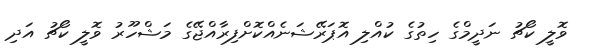
ވޮލީ ކޯޗު ނަދީމްގެ ހިތުުގެ ކުއްލި އޮޕަރޭޝަނެއްކޮށްފިރާއްޖޭގެ މަޝްހޫރު ވޮލީ ކޯޗު އަދި